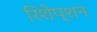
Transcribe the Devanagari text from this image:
रिशेप्शन